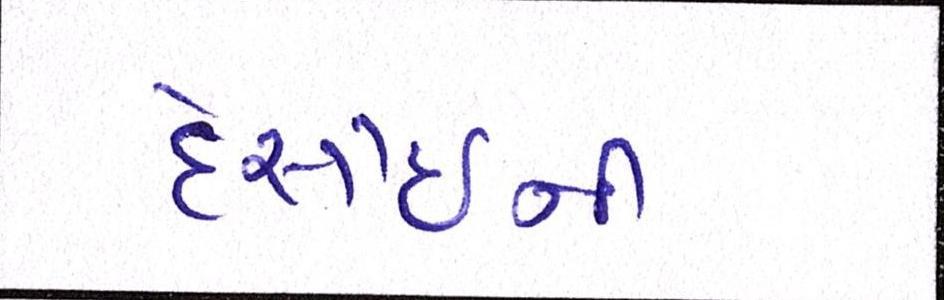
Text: દેસાઇની